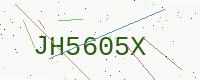
Text: JH5605X